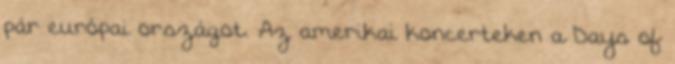
pár európai országot. Az amerikai koncerteken a Days of